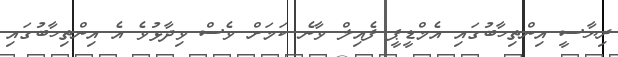
ރިޔާސީ އިންތިހާބުގައި އެމްޑީޕީ ފެއިލް ވާނެ ކަމަށް ވެސް ވިދާޅުވެ އެ އިންތިހާބުގައި